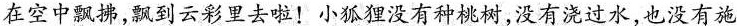
在空中飘拂，飘到云彩里去啦！小狐狸没有种桃树，没有浇过水，也没有施